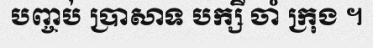
បញ្ចប់ ប្រាសាទ បក្សី ចាំ ក្រុង ។